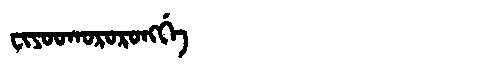
Manchu: ᠸᡳᠶᠣᠣᡴᠣᡵᠣᡵᠣᠩᡤᡝ
Romanization: FIYOOKORORONGGE